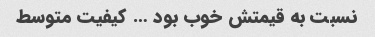
نسبت به قیمتش خوب بود … کیفیت متوسط